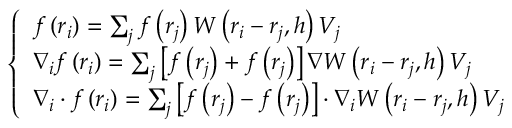
\left\{ \begin{array} { l } { f \left( \boldsymbol { r } _ { i } \right) = \sum _ { j } f \left( \boldsymbol { r } _ { j } \right) W \left( \boldsymbol { r } _ { i } - \boldsymbol { r } _ { j } , h \right) V _ { j } } \\ { \nabla _ { i } f \left( \boldsymbol { r } _ { i } \right) = \sum _ { j } \left[ f \left( \boldsymbol { r } _ { j } \right) + f \left( \boldsymbol { r } _ { j } \right) \right] \nabla W \left( \boldsymbol { r } _ { i } - \boldsymbol { r } _ { j } , h \right) V _ { j } } \\ { \nabla _ { i } \cdot \boldsymbol { f } \left( \boldsymbol { r } _ { i } \right) = \sum _ { j } \left[ \boldsymbol { f } \left( \boldsymbol { r } _ { j } \right) - \boldsymbol { f } \left( \boldsymbol { r } _ { j } \right) \right] \cdot \nabla _ { i } W \left( \boldsymbol { r } _ { i } - \boldsymbol { r } _ { j } , h \right) V _ { j } } \end{array} \right.